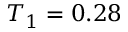
T _ { 1 } = 0 . 2 8